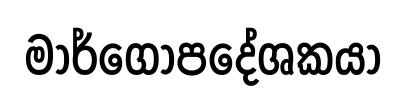
මාර්ගෝපදේශකයා